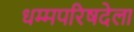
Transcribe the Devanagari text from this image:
धम्मपरिषदेला